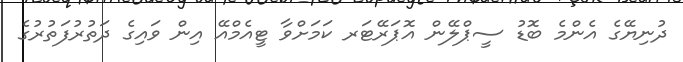
ދުނިޔޭގެ އެންމެ ބޮޑު ސީޕްލޭން އޮޕަރޭޓަރ ކަމަށްވާ ޓީއެމްއޭ އިން ވައިގެ ދަތުރުފަތުރުގެ